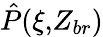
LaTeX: \hat{P}(\xi,\! Z_{br})